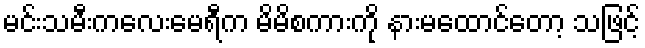
မင်းသမီးကလေးမေရီက မိမိစကားကို နားမထောင်တော့ သဖြင့်